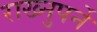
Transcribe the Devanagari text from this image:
राख्नुपर्ने